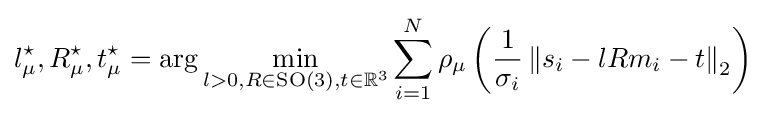
l_{\mu }^{\star },R_{\mu }^{\star },t_{\mu }^{\star }=\arg \min _{l>0,R\in {\text{SO}}(3),t\in \mathbb {R} ^{3}}\sum _{i=1}^{N}\rho _{\mu }\left({\frac {1}{\sigma _{i}}}\left\Vert s_{i}-lRm_{i}-t\right\Vert _{2}\right)